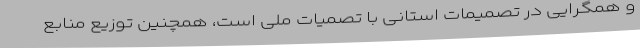
و همگرایی در تصمیمات استانی با تصمیات ملی است، همچنین توزیع منابع